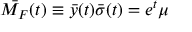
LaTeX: \bar { { \cal M } _ { F } } ( t ) \equiv \bar { y } ( t ) \bar { \sigma } ( t ) = e ^ { t } \mu